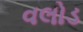
વલોડ